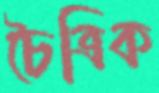
চৈত্রিক